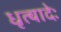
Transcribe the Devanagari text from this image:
धृत्यादेः